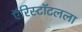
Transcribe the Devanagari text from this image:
ऍरिस्टॉटलला